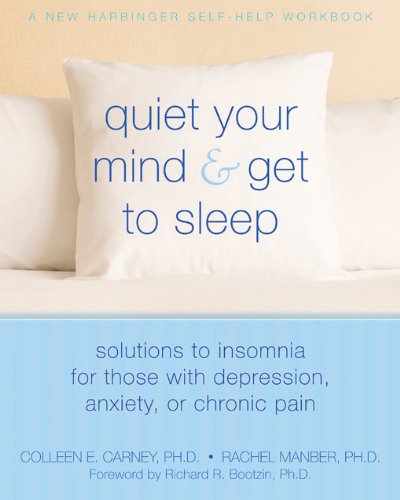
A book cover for Quiet Your Mind and Get to Sleep: Solutions to Insomnia for Those with Depression, Anxiety or Chronic Pain (New Harbinger Self-Help Workbook); Colleen Carney; Health, Fitness & Dieting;